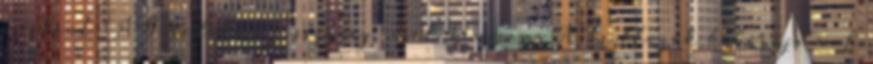
másként "A Birodalom visszavág" esetében sem. A "Csillagok háborújá"-val